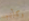
وكأنهم